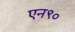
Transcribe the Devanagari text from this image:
एन९०